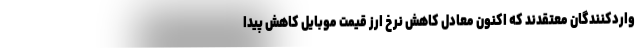
واردکنندگان معتقدند که اکنون معادل کاهش نرخ ارز قیمت موبایل کاهش پیدا